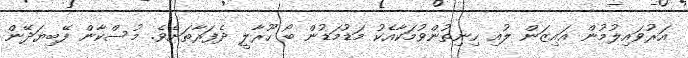
އަރުވައިލުމުން އައިޒަން ލުއި ހިނިތުންވުމަކާއެކު މަޑުމަޑުން ބޯ ހޫރާލީ ދެފަރާތަށެވެ. މުސްކާން ފޭބިޔަދޭން